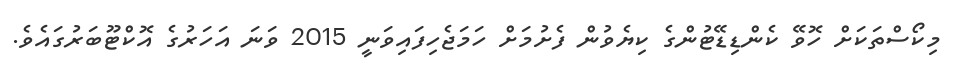
މިކޯސްތަކަށް ހޮވޭ ކެންޑިޑޭޓުންގެ ކިޔެވުން ފެށުމަށް ހަމަޖެހިފައިވަނީ 2015 ވަނަ އަހަރުގެ އޮކްޓޫބަރުގައެވެ.